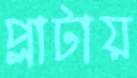
প্লাটায়